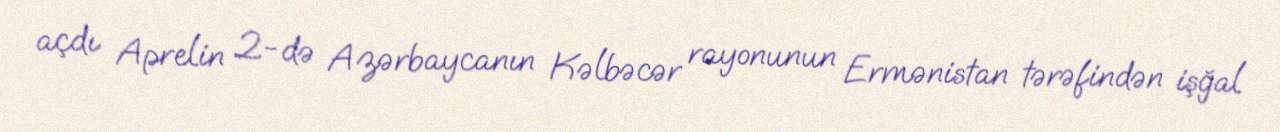
açdı Aprelin 2-də Azərbaycanın Kəlbəcər rayonunun Ermənistan tərəfindən işğal